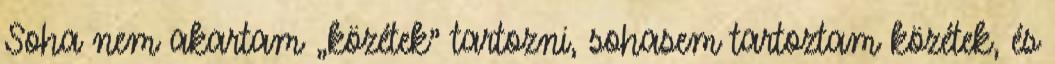
Soha nem akartam „közétek” tartozni, sohasem tartoztam közétek, és